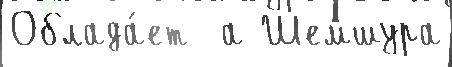
Облада́ет  а Шемшура